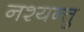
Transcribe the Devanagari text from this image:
नश्यन्तु